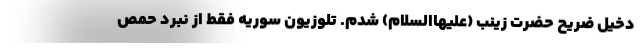
دخیل ضریح حضرت زینب (علیهاالسلام) شدم. تلوزیون سوریه فقط از نبرد حمص